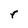
Character: r